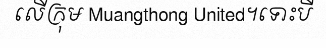
លើក្រុម Muangthong United។ទោះបី